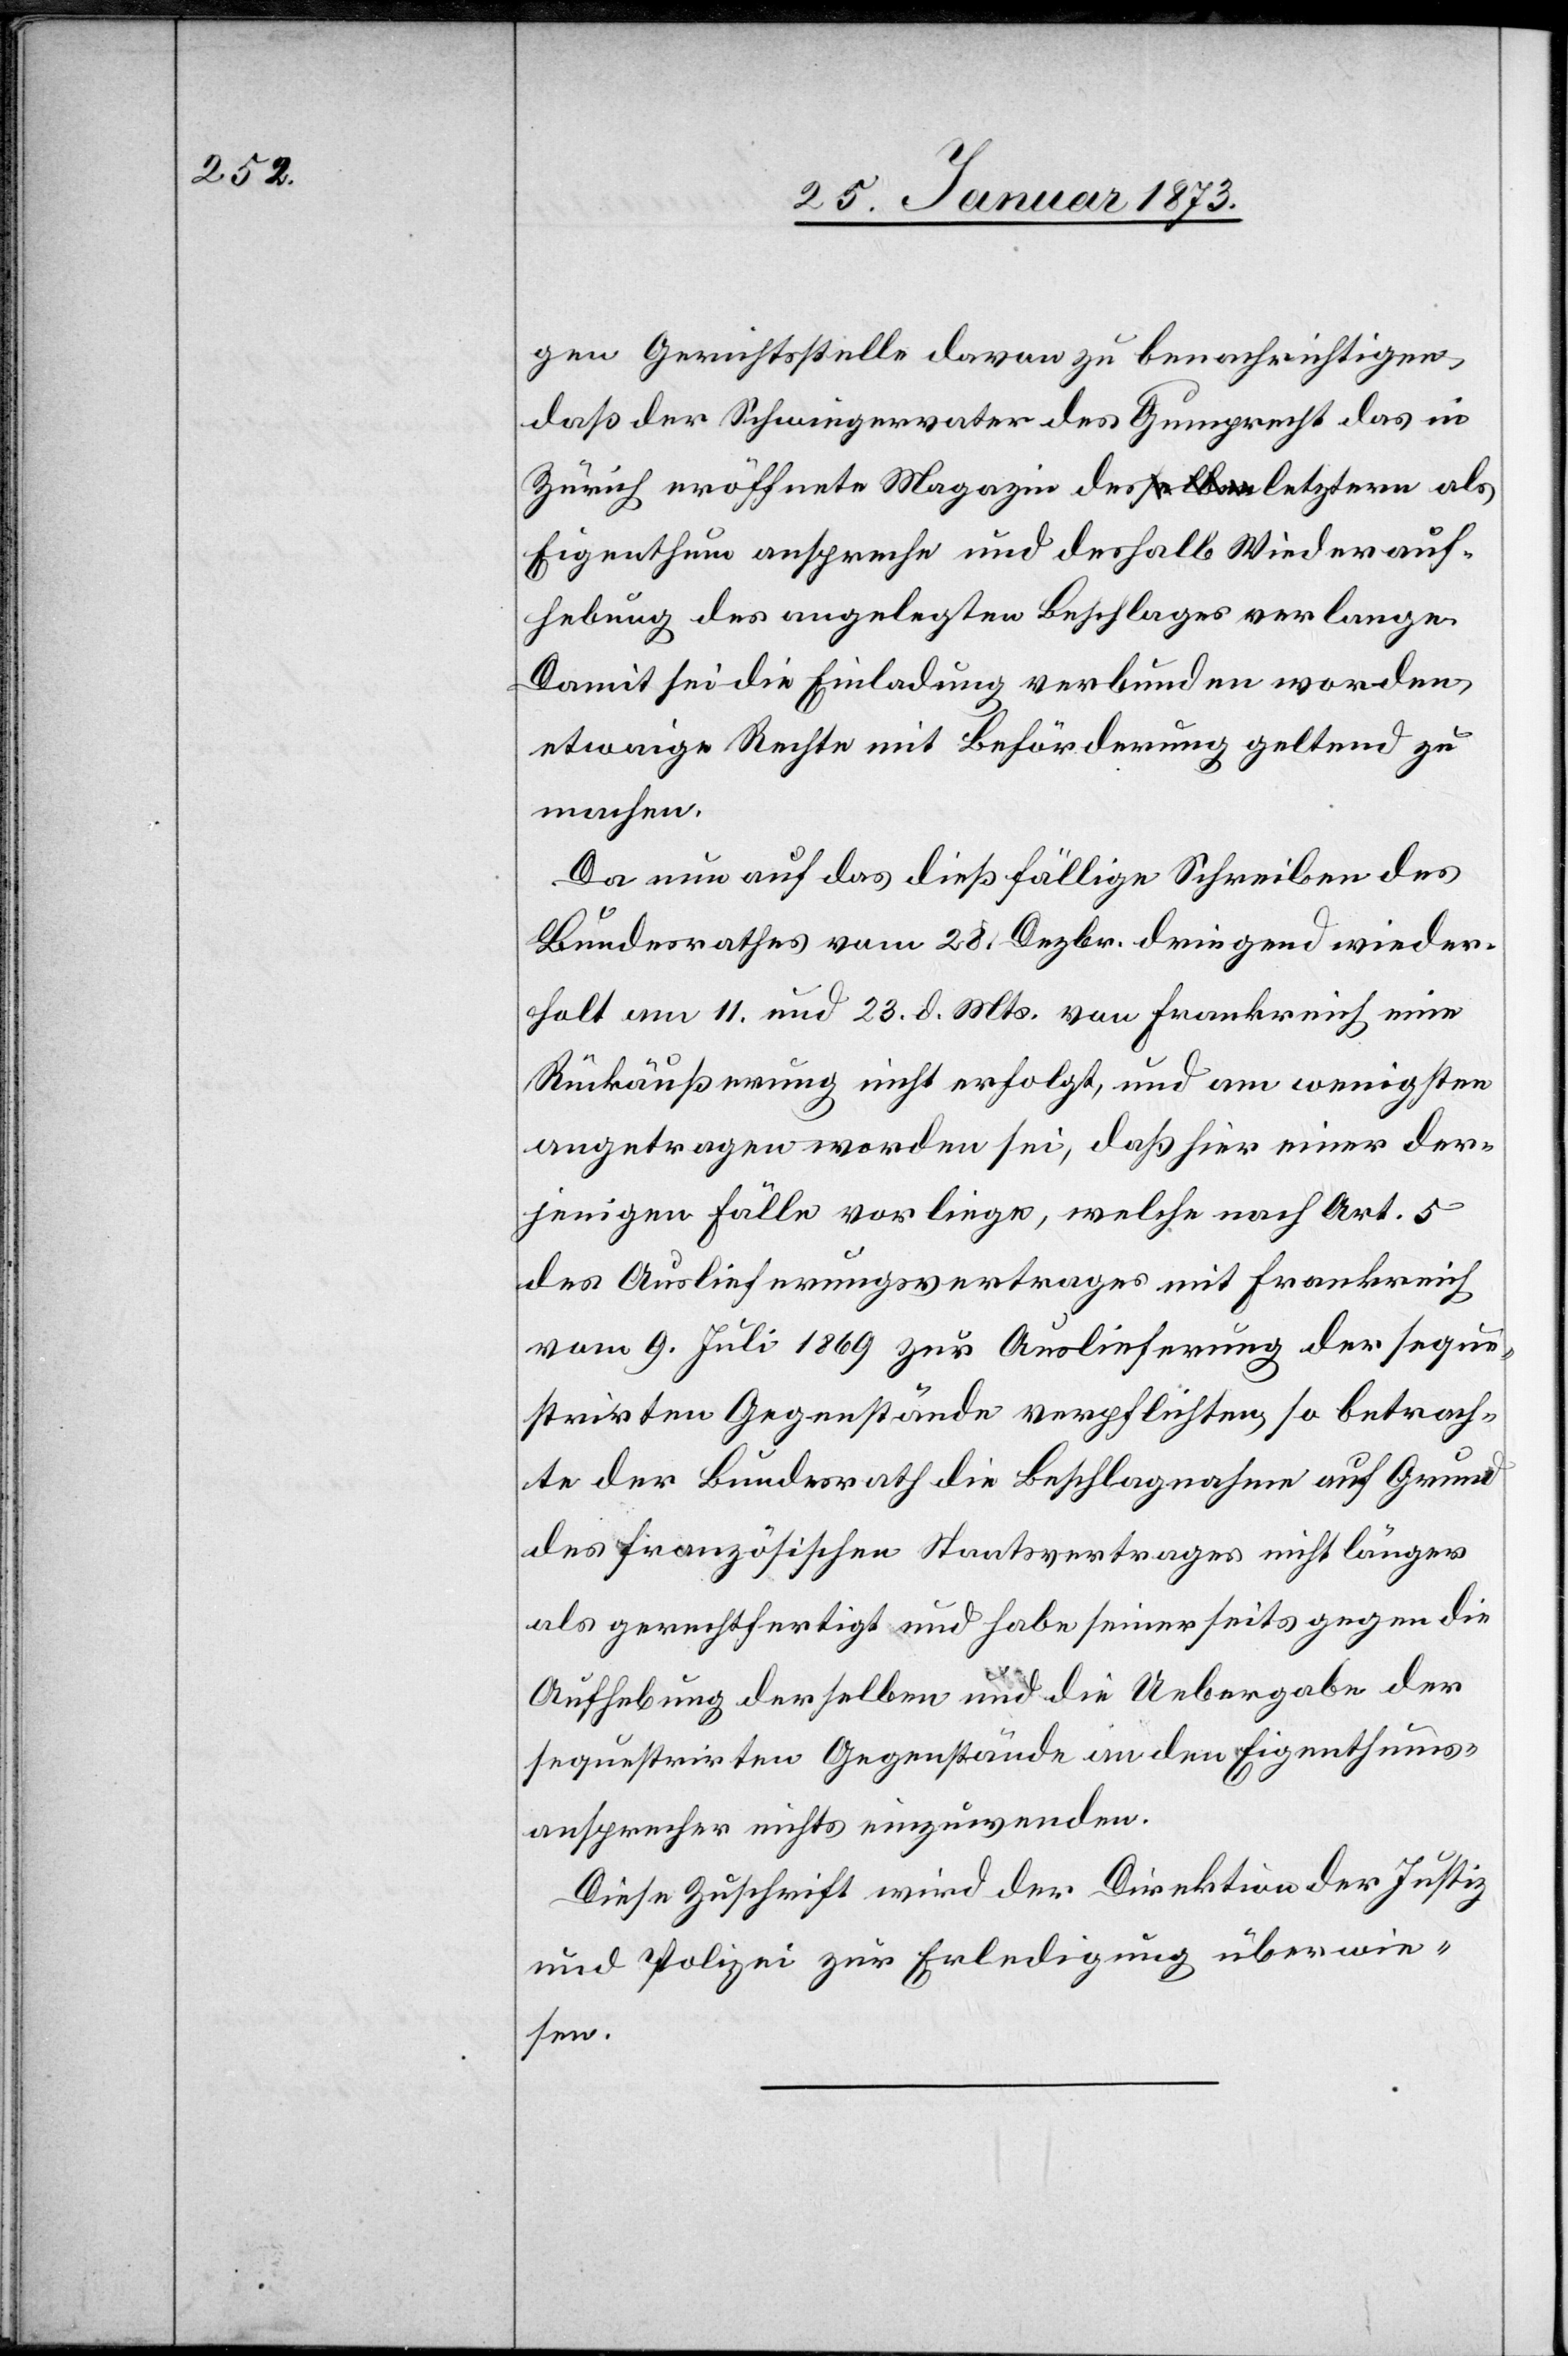
gen Gerichtsstelle davon zu benachrichtigen,
daß der Schwiegervater des Gumprecht das in
Zürich eröffnete Magazin des letztern als
Eigenthum anspreche und deshalb Wiederauf¬
hebung des angelegten Beschlages verlange.
Damit sei die Einladung verbunden worden,
etwaige Rechte mit Beförderung geltend zu
machen.
Da nun auf das dießfällige Schreiben des
Bundesrathes vom 28. Dezbr. dringend wieder¬
holt am 11. und 23. d. Mts. von Frankreich eine
Rückäußerung nicht erfolgt, und am wenigsten
angetragen worden sei, daß hier einer der¬
jenigen Fälle vorliege, welche nach Art. 5
des Auslieferungsvertrages mit Frankreich
vom 9. Juli 1869 zur Auslieferung der seque¬
strirten Gegenstände verpflichten, so betrach¬
te der Bundesrath die Beschlagnahme auf Grund
des französischen Staatsvertrages nicht länger
als gerechtfertigt und habe seinerseits gegen die
Aufhebung derselben und die Uebergabe der
sequestrirten Gegenstände an den Eigenthums¬
ansprecher nichts einzuwenden.
Diese Zuschrift wird der Direktion der Justiz
und Polizei zur Erledigung überwie¬
sen.